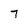
Character: 7